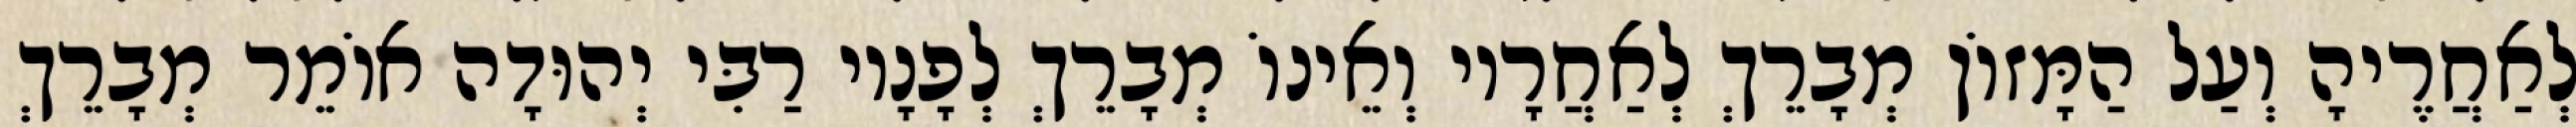
לְאַחֲרֶיהָ וְעַל הַמָּזוֹן מְבָרֵךְ לְאַחֲרָיו וְאֵינוֹ מְבָרֵךְ לְפָנָיו רַבִּי יְהוּדָה אוֹמֵר מְבָרֵךְ